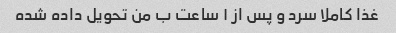
غذا کاملا سرد و پس از ۱ ساعت ب من تحویل داده شده